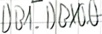
Text: DB1.DBX0.0